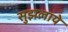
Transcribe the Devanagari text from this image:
सुझलाये